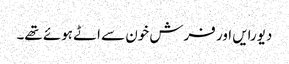
دیورایں اور فرش خون سے اٹے ہوئے تھے۔